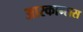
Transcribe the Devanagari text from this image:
आरकान्सस